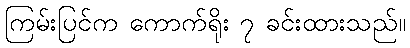
ကြမ်းပြင်က ကောက်ရိုး ၇ ခင်းထားသည်။